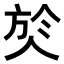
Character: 𭤹